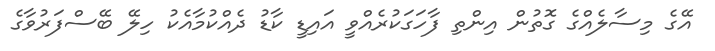
އޭގެ މިސާލެއްގެ ގޮތުން އިންތި ފާހަގަކުރެއްވީ އައިޑީ ކާޑު ދެއްކުމާއެކު ހިލޭ ބޭސްފަރުވާގެ